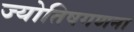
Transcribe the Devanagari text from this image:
ज्योतिषगणना